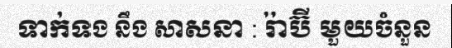
ទាក់ទង នឹង សាសនា : រ៉ាប៊ី មួយចំនួន